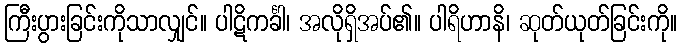
ကြီးပွားခြင်းကိုသာလျှင်။ ပါဋိကင်္ခါ၊ အလိုရှိအပ်၏။ ပါရိဟာနိ၊ ဆုတ်ယုတ်ခြင်းကို။